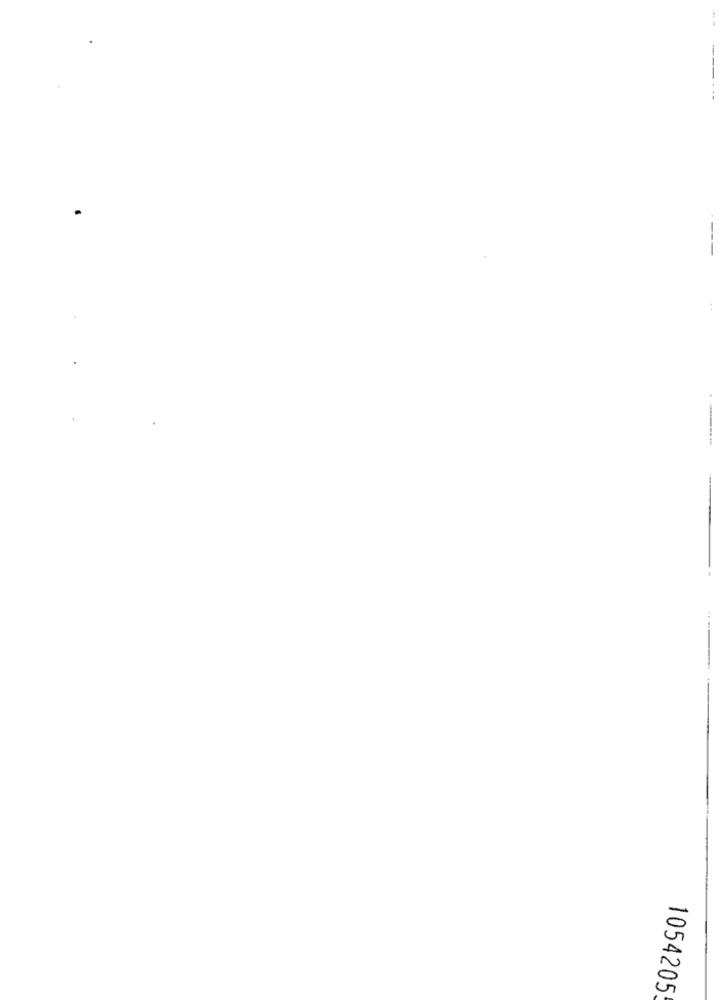
---
1054205